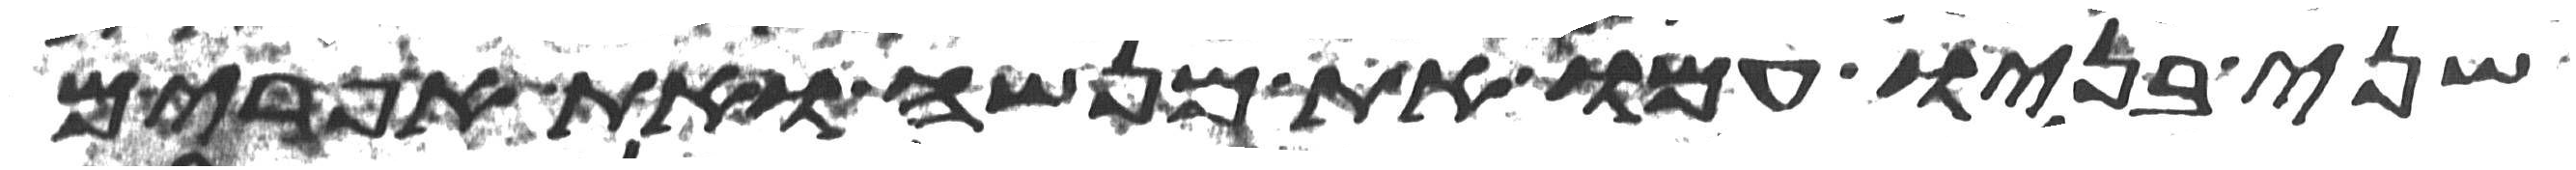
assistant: שני בניו עמו את מנשה ואת אפרים